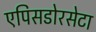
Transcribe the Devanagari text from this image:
एपिसडोरसेटा